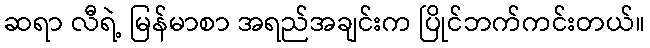
ဆရာ လီရဲ့ မြန်မာစာ အရည်အချင်းက ပြိုင်ဘက်ကင်းတယ်။